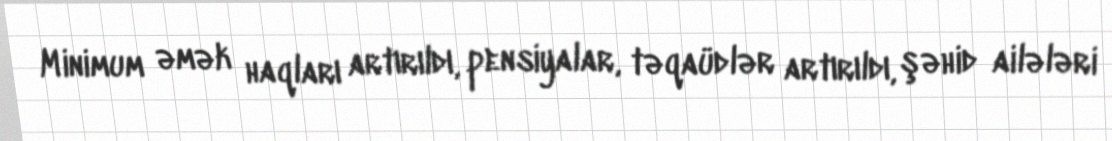
Minimum əmək haqları artırıldı, pensiyalar, təqaüdlər artırıldı, şəhid ailələri